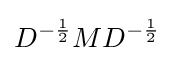
D^{-{\frac {1}{2}}}MD^{-{\frac {1}{2}}}